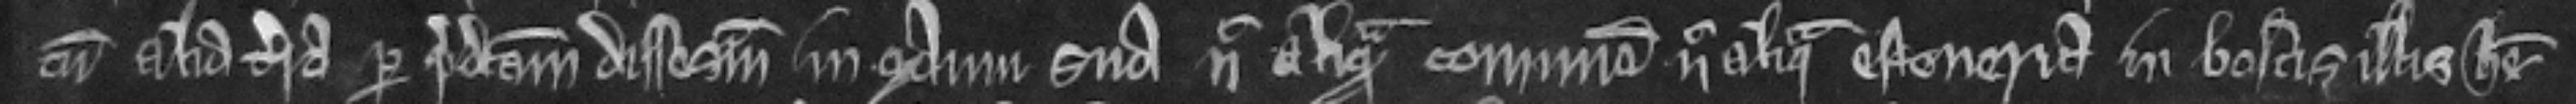
cum alia terra per predictam disseisinamt in manu sua nec aliquam comunam nec aliqua estoueria in bosciss illis habere